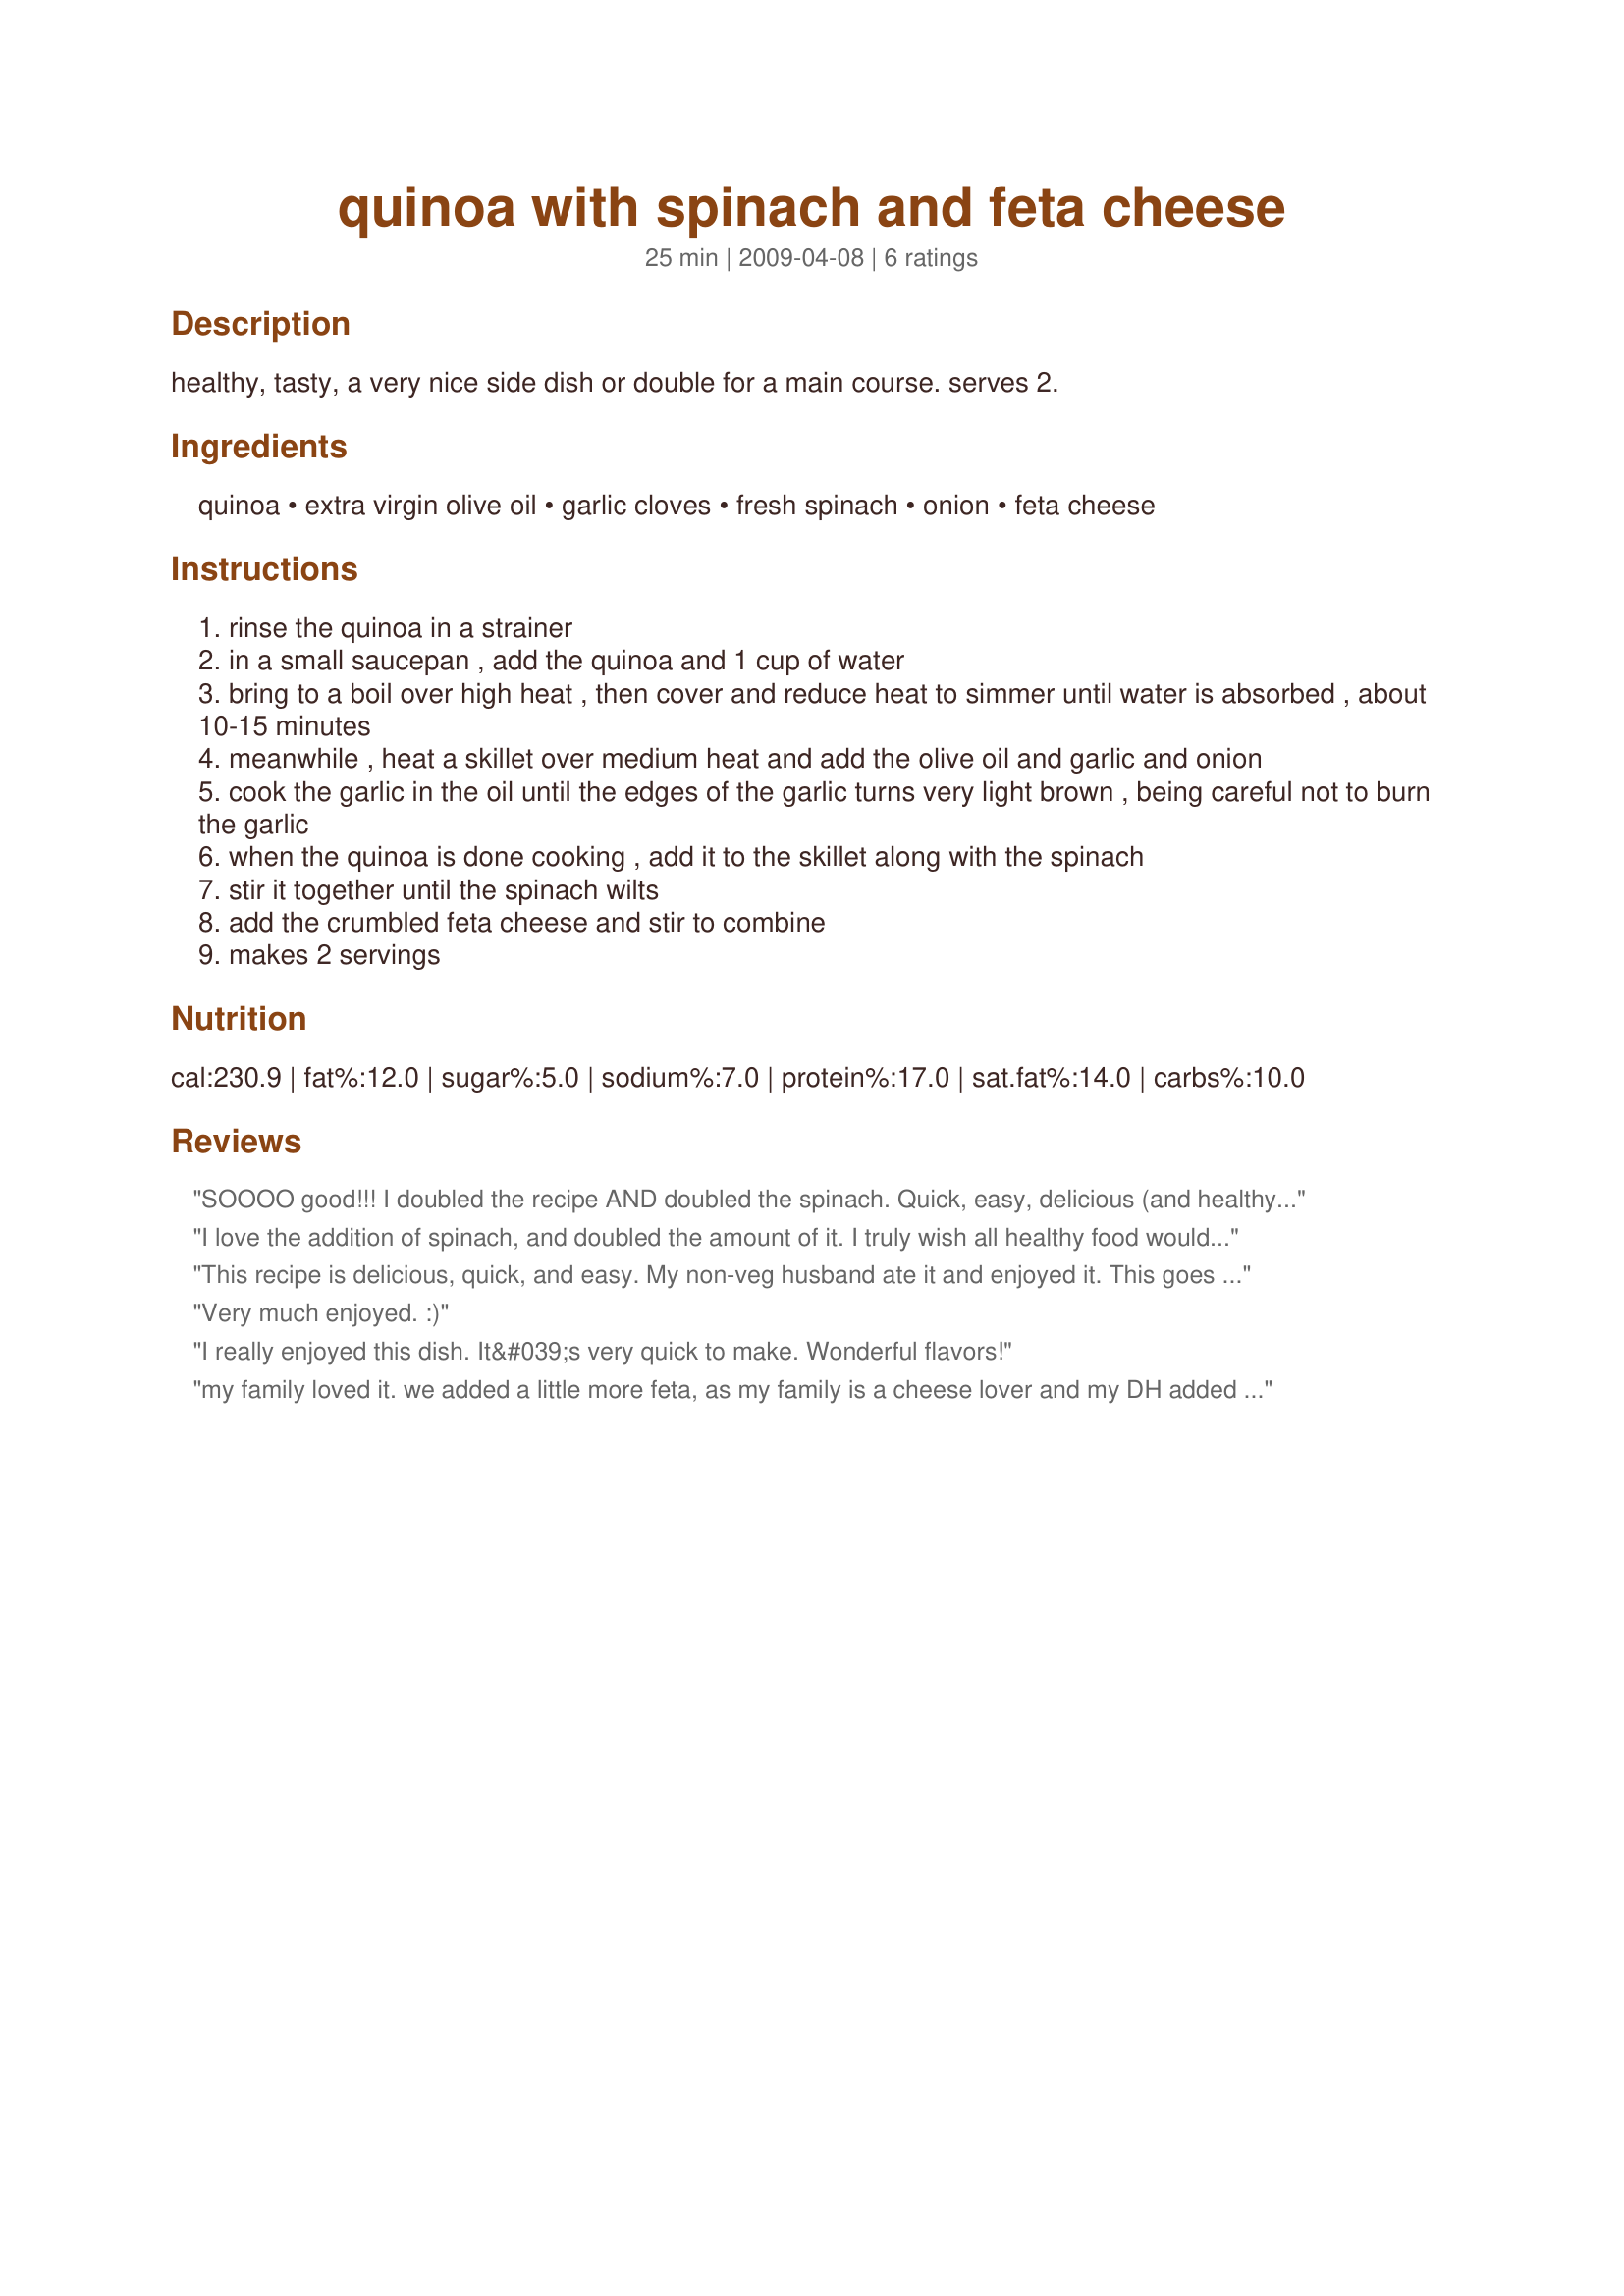
quinoa with spinach and feta cheese
Preparation time: 25 minutes

healthy, tasty, a very nice side dish or double for a main course. serves 2.

Ingredients:
quinoa, extra virgin olive oil, garlic cloves, fresh spinach, onion, feta cheese

Steps:
rinse the quinoa in a strainer
in a small saucepan , add the quinoa and 1 cup of water
bring to a boil over high heat , then cover and reduce heat to simmer until water is absorbed , about 10-15 minutes
meanwhile , heat a skillet over medium heat and add the olive oil and garlic and onion
cook the garlic in the oil until the edges of the garlic turns very light brown , being careful not to burn the garlic
when the quinoa is done cooking , add it to the skillet along with the spinach
stir it together until the spinach wilts
add the crumbled feta cheese and stir to combine
makes 2 servings

Reviews:
SOOOO good!!! I doubled the recipe AND doubled the spinach. Quick, easy, delicious (and healthy too!!)
I love the addition of spinach, and doubled the amount of it. I truly wish all healthy food would taste like that. Thank you.
This recipe is delicious, quick, and easy. My non-veg husband ate it and enjoyed it. This goes into my "make again" cookbook. Thanks!
Very much enjoyed. :)
I really enjoyed this dish. It&#039;s very quick to make. Wonderful flavors!
my family loved it. we added a little more feta, as my family is a cheese lover and my DH added a little salt to hers. easy to make, filling and healthy.
